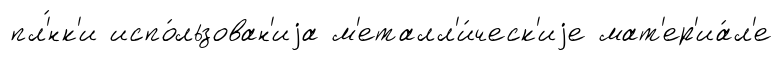
пл'́нк'и испо́льзован'иjа м'еталл'и́ческ'иjе мат'ер'иа́л'е